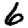
Digit: 6